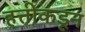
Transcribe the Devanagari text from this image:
हत्तीकडून